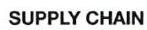
SUPPLY CHAIN